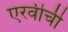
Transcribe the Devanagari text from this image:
एरवीची